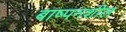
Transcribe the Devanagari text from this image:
बाष्पनशील